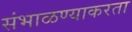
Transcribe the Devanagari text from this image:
संभाळण्याकरता